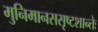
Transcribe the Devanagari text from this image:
मुनिमानससृष्टशान्तेः